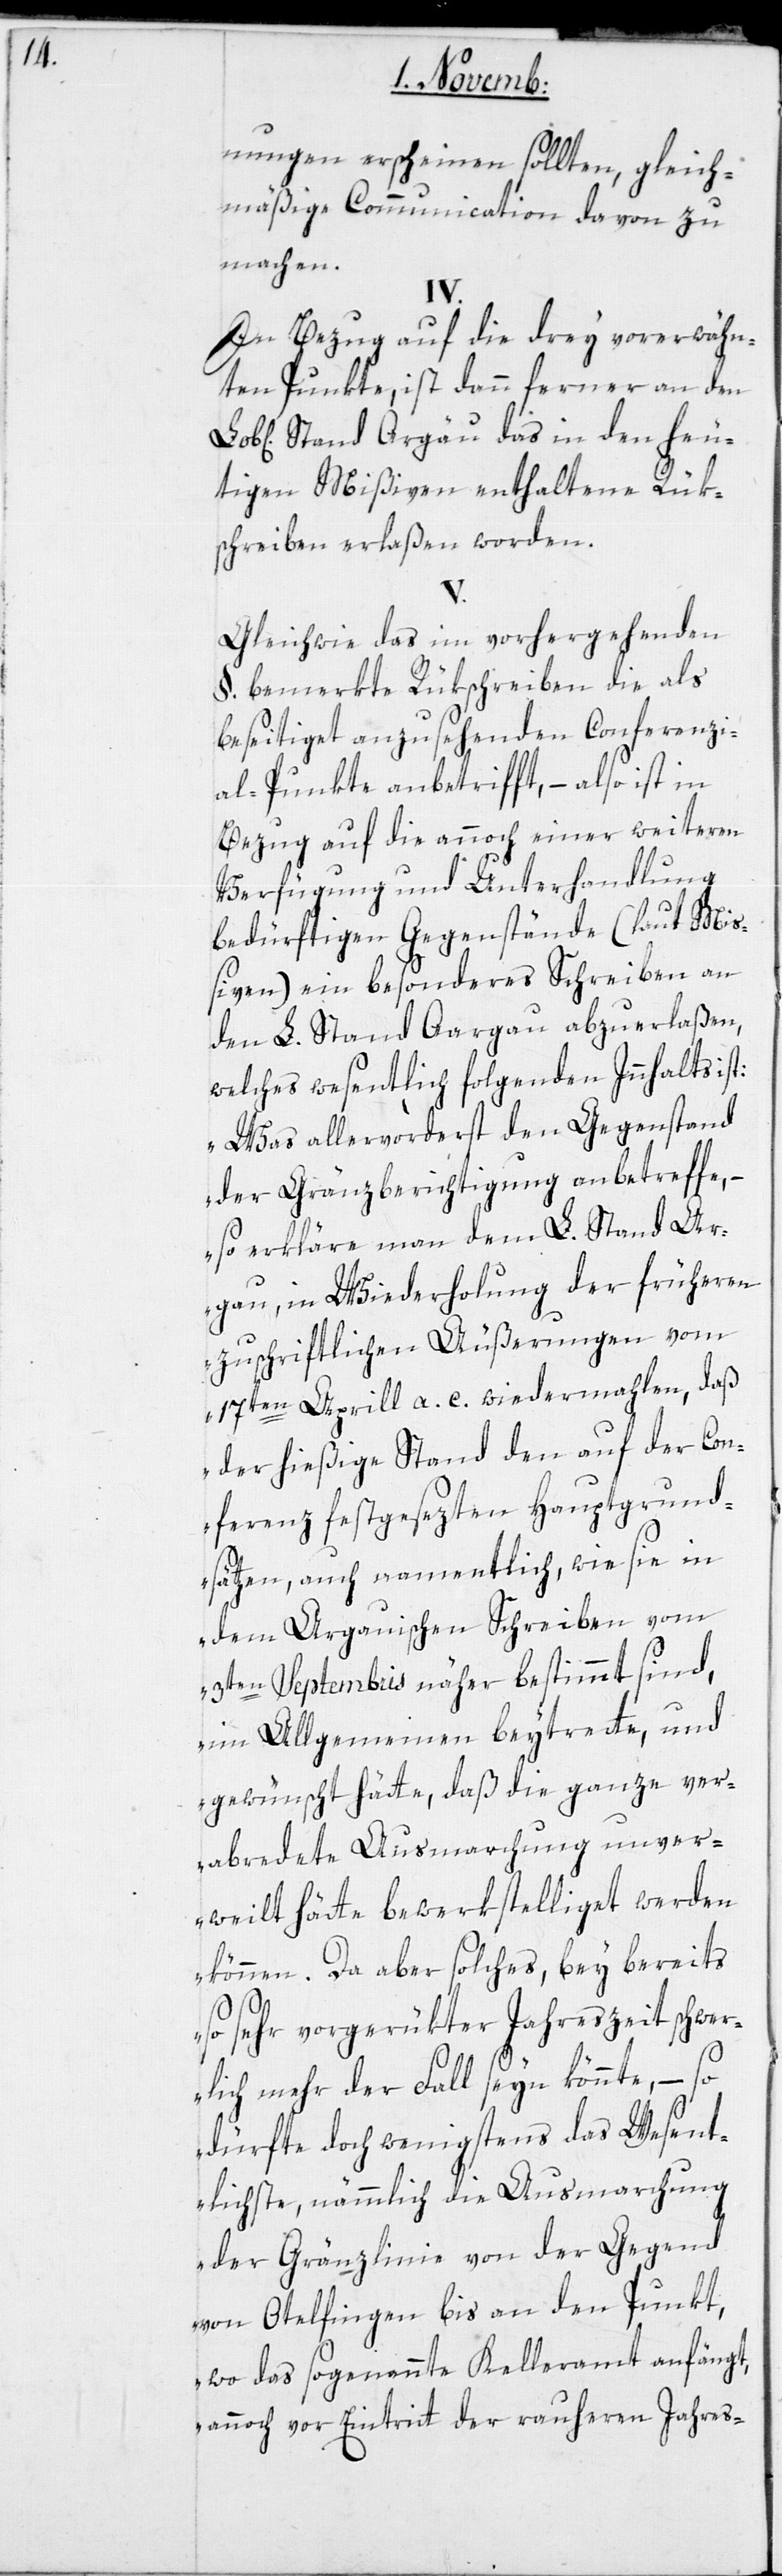
nungen erscheinen sollten, gleich¬
mäßige Communication davon zu
machen.
IV.
In Bezug auf die drey vorerwähn¬
ten Punkte, ist dann ferner an den
Stand Argau das in den heu¬
tigen Mißiven enthaltene Rük¬
schreiben erlaßen worden.
V.
Gleichwie das im vorhergehenden
§. bemerkte Rükschreiben die als
beseitiget anzusehenden Conferenzi¬
al-Punkte anbetrifft, – also ist in
Bezug auf die annoch einer weiteren
Verfügung und Unterhandlung
bedürftigen Gegenstände (laut Mi¬
ßiven) ein besonderes Schreiben an
den L. Stand Aargau abzuerlaßen,
welches wesentlich folgenden Innhalts ist:
„Was allervorderst den Gegenstand
der Gränzberichtigung anbetreffe, –
so erkläre man dem L. Stand Ar¬
gau, in Wiederholung der früheren
zuschriftlichen Äußerungen vom
17ten Aprill a. c. wiedermahlen, daß
der hießige Stand den auf der Con¬
ferenz festgesezten Hauptgrund¬
sätzen, auch namentlich, wie sie in
dem Argauischen Schreiben vom
3ten Septembris näher bestimmt sind,
im Allgemeinen beytrete, und
gewünscht hätte, daß die ganze ver¬
abredete Ausmarchung unver¬
weilt hätte bewerkstelliget werden
können. Da aber solches, bey bereits
so sehr vorgerükter Jahreszeit schwer¬
lich mehr der Fall seyn könnte, – so
dürfte doch wenigstens das Wesent¬
lichste, nämmlich die Ausmarchung
der Grenzlinie von der Gegend
von Otelfingen bis an den Punkt,
wo das sogenannte Kelleramt anfängt,
annoch vor Eintritt der raueren Jahres-